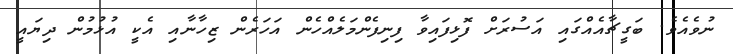
ނުވެއެވެ. ބަގީޗާއެއްގައި އަސުރަށް ފޮޅިފައިވާ ފިނިފެންމަލެއްހެން އަހަރެން ޒިހާނާއި އެކީ އުޅުމުން ދިޔައީ